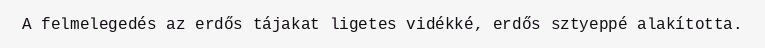
A felmelegedés az erdős tájakat ligetes vidékké, erdős sztyeppé alakította.